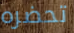
تحضره